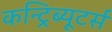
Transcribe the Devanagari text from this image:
कन्ट्रिब्यूटर्स